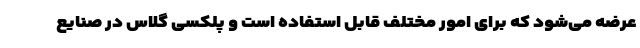
عرضه می‌شود که برای امور مختلف قابل استفاده است و پلکسی گلاس در صنایع